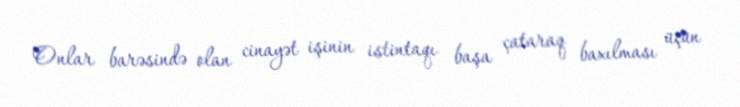
Onlar barəsində olan cinayət işinin istintaqı başa çataraq baxılması üçün